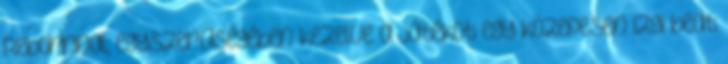
Rebornnal, egyszerűségében kezelve a játékot egy közepesen izgi beat